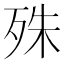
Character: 殊